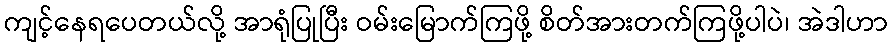
ကျင့်နေရပေတယ်လို့ အာရုံပြုပြီး ဝမ်းမြောက်ကြဖို့ စိတ်အားတက်ကြဖို့ပါပဲ၊ အဲဒါဟာ